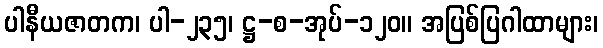
ပါနီယဇာတက၊ ပါ-၂၃၅၊ ဋ္ဌ-စ-အုပ်-၁၂၀။ အပြစ်ပြဂါထာများ၊